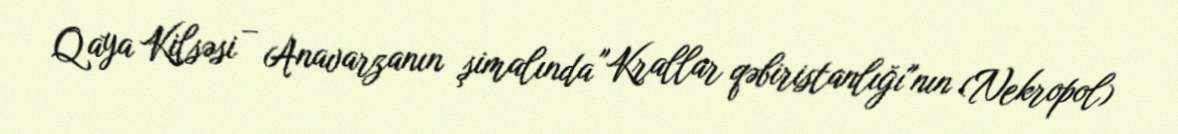
Qaya Kilsəsi – Anavarzanın şimalında "Krallar qəbiristanlığı"nın (Nekropol)